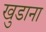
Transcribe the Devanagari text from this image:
खुडाना